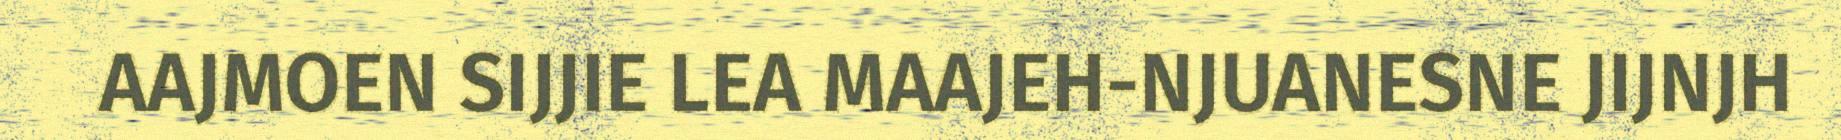
AAJMOEN SIJJIE LEA MAAJEH-NJUANESNE JIJNJH